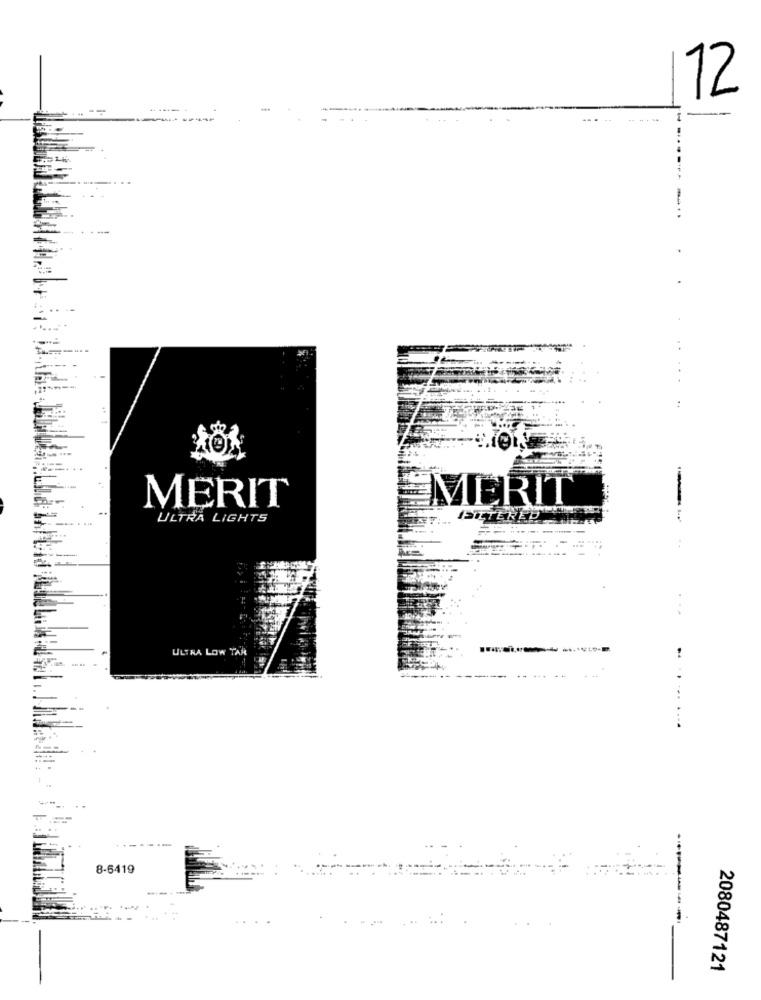
12
-
....
..
MERIT
MERIT
ULTRA LIGHTS
FILTERED
ULTRA LOW TAR
8-6419
2080487121